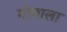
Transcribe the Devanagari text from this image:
गोबाला